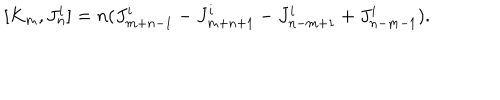
LaTeX: [ K _ { m } , J _ { n } ^ { i } ] = n ( J _ { m + n - 1 } ^ { i } - J _ { m + n + 1 } ^ { i } - J _ { n - m + 1 } ^ { i } + J _ { n - m - 1 } ^ { i } ) .